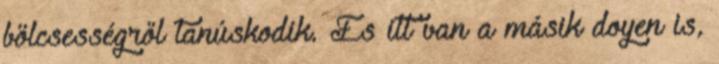
bölcsességről tanúskodik. És itt van a másik doyen is,